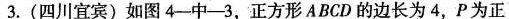
3.(四川宜宾)如图4-中-3，正方形ABCD的边长为4，P为正